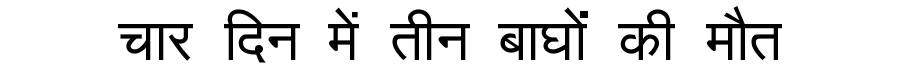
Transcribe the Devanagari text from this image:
चार दिन में तीन बाघों की मौत